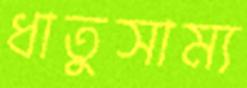
ধাতুসাম্য